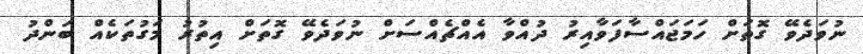
ނުވަދެވޭ ގޮތަށް ހަމަޖައްސާފަވާއިރު ދުއްވާ އެއްޗެއްސަށް ނުވަދެވޭ ގޮތަށް އިތުރު މަގުތަކެއް ބަންދު